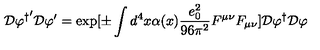
{ \cal D } { \varphi ^ { \dagger } } ^ { \prime } { \cal D } \varphi ^ { \prime } = \exp [ \pm \int d ^ { 4 } x \alpha ( x ) \frac { e _ { 0 } ^ { 2 } } { 9 6 \pi ^ { 2 } } F ^ { \mu \nu } F _ { \mu \nu } ] { \cal D } { \varphi ^ { \dagger } } { \cal D } \varphi